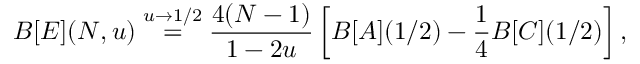
B [ E ] ( N , u ) \stackrel { u \rightarrow 1 / 2 } { = } \frac { 4 ( N - 1 ) } { 1 - 2 u } \left[ B [ A ] ( 1 / 2 ) - \frac { 1 } { 4 } B [ C ] ( 1 / 2 ) \right] ,